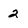
Character: 2